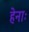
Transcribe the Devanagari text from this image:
हेनाः